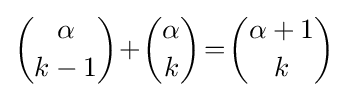
{\alpha  \choose k-1}\!+\!{\alpha  \choose k}\!=\!{\alpha +1 \choose k}